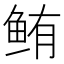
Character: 鲔